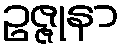
ဥဇ္ဇုနာ